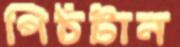
পিঠটান